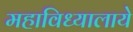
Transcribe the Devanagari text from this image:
महाविध्यालाये